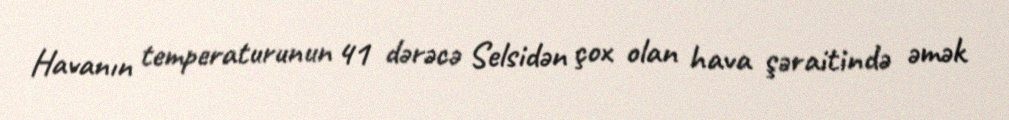
Havanın temperaturunun 41 dərəcə Selsidən çox olan hava şəraitində əmək